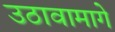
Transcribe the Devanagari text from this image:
उठावामागे